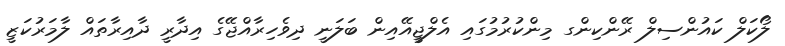
ލޯކަލް ކައުންސިލް ރޭންކިންގ މިންކުރުމުގައި އެލްޖީއޭއިން ބަލަނީ ދިވެހިރާއްޖޭގެ އިދާރީ ދާއިރާތައް ލާމަރުކަޒީ